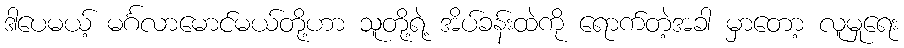
ဒါပေမယ့် မင်္ဂလာမောင်မယ်တို့ဟာ သူတို့ရဲ့ အိပ်ခန်းထဲကို ရောက်တဲ့အခါ မှာတော့ လူမှုရေး